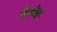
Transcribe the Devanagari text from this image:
हैप्लोग्रुप